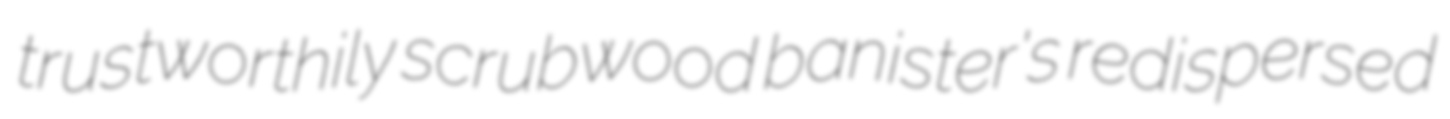
trustworthily scrubwood banister's redispersed